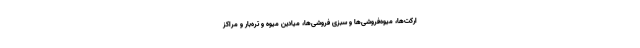
ارکت‌ها، میوه‌فروشی‌ها و سبزی فروشی‌ها، میادین میوه و تره‌بار و مراکز